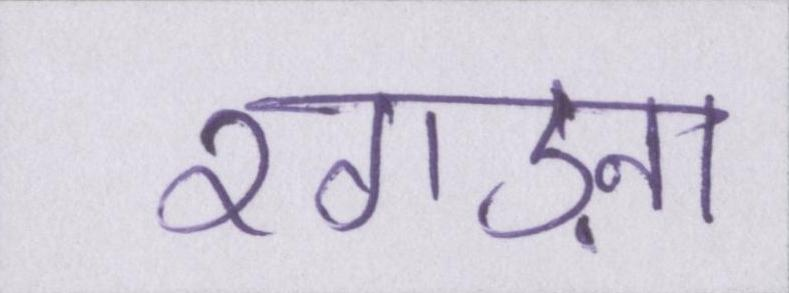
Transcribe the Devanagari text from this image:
रगड़ना